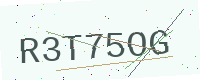
Text: R3T75OG